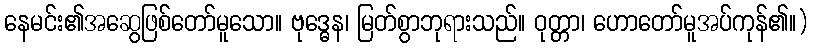
နေမင်း၏အဆွေဖြစ်တော်မူသော။ ဗုဒ္ဓေန၊ မြတ်စွာဘုရားသည်။ ဝုတ္တာ၊ ဟောတော်မူအပ်ကုန်၏။)